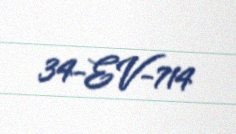
34-EV-714